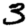
Digit: 3